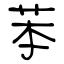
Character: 苯